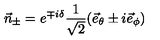
\vec { n } _ { \pm } = e ^ { \mp i \delta } \frac { 1 } { \sqrt { 2 } } ( \vec { e } _ { \theta } \pm i \vec { e } _ { \phi } )